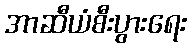
အာဆီယံစီးပွားရေး